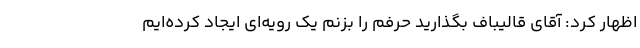
اظهار کرد: آقای قالیباف بگذارید حرفم را بزنم یک رویه‌ای ایجاد کرده‌ایم